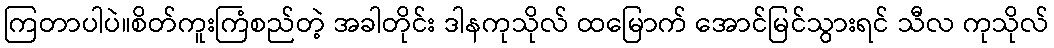
ကြတာပါပဲ။စိတ်ကူးကြံစည်တဲ့ အခါတိုင်း ဒါနကုသိုလ် ထမြောက် အောင်မြင်သွားရင် သီလ ကုသိုလ်